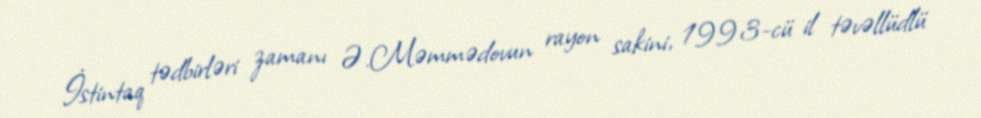
İstintaq tədbirləri zamanı Ə.Məmmədovun rayon sakini, 1993-cü il təvəllüdlü